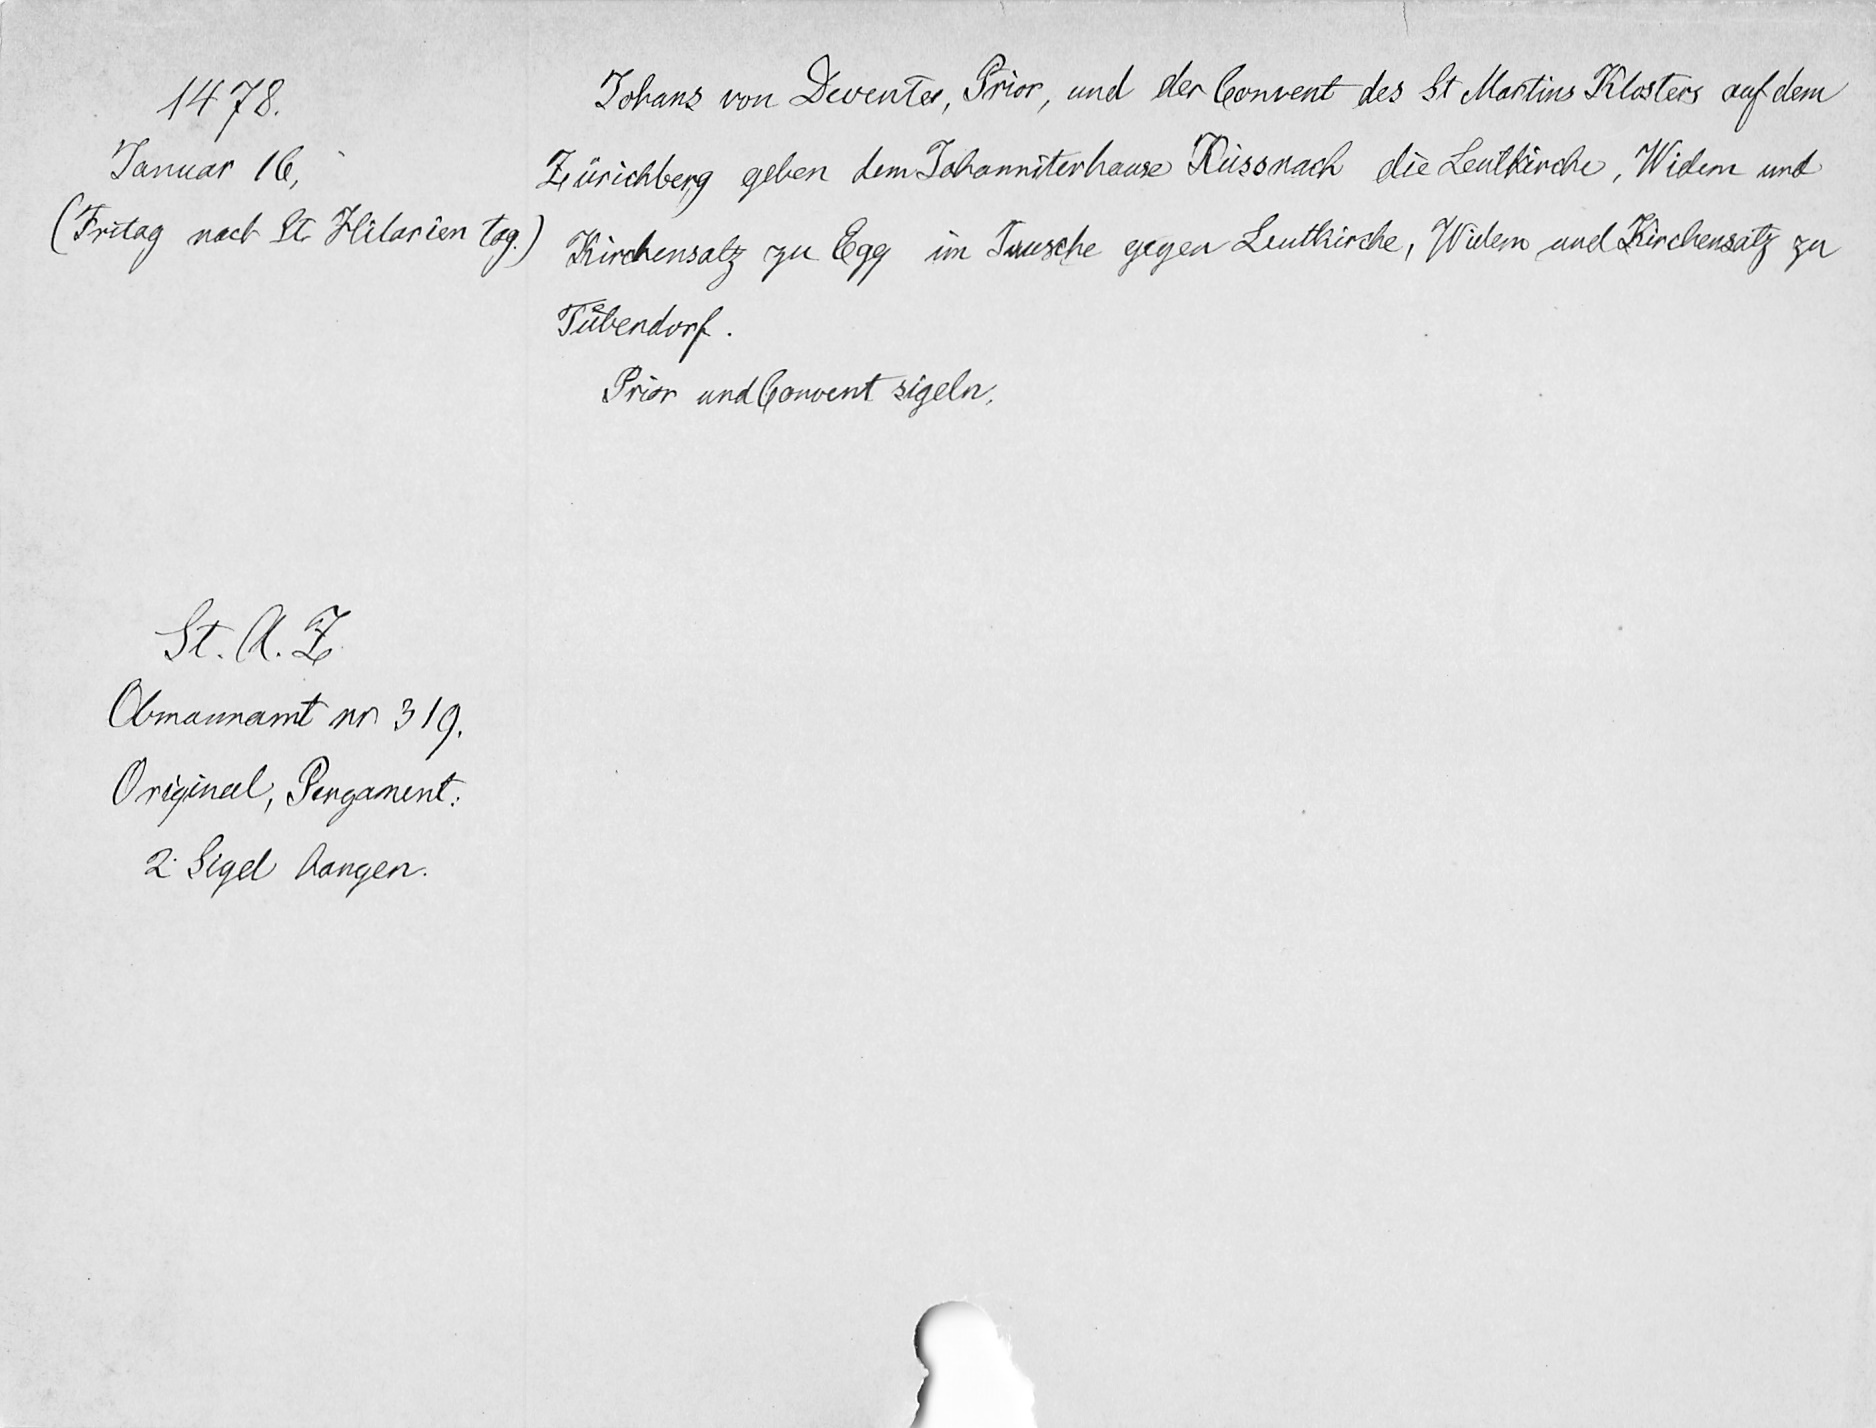
1478.
Januar 16.
(Fritag nach St. Hilarien tag.)
St. A. Z.
Obmannamt nr. 319.
Original, Pergament.
2 Sigel hangen.

Johans von Deventer, Prior, und der Convent des St Martins Klosters auf dem
Zürichberg geben dem Johanniterhause Küssnach die Leutkirche, Widem und
Kirchensatz zu Egg im Tausche gegen Leutkirche , Widem und Kirchensatz zu
Tuͤbendorf.
Prior undConvent sigeln.